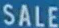
SALE